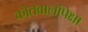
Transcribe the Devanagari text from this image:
कोतवालांपेक्षा